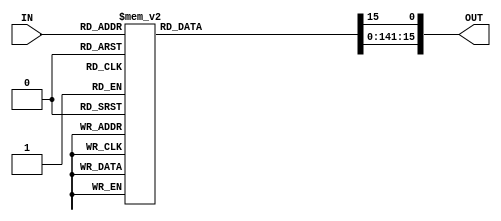
module Decoder4x16(input [3:0] IN,output reg [15:0] OUT);
integer i=0;
always@(IN)
begin
	for(i=0;i<=15;i=i+1)
	begin
		OUT[i] = 0;
	end
	OUT[IN]=1;
end 
endmodule